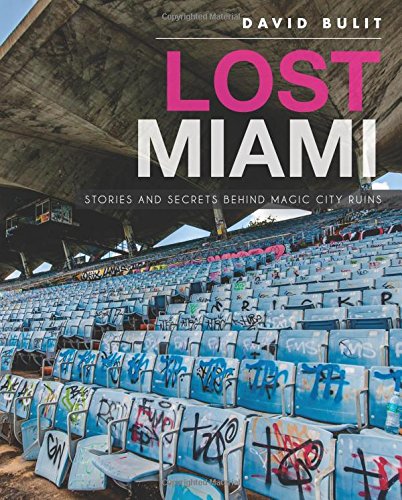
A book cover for Lost Miami:Stories and Secrets Behind Magic City Ruins; David Bulit; Arts & Photography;